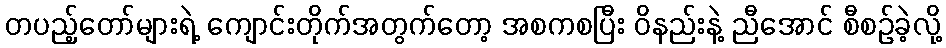
တပည့်တော်များရဲ့ ကျောင်းတိုက်အတွက်တော့ အစကစပြီး ဝိနည်းနဲ့ ညီအောင် စီစဉ်ခဲ့လို့